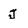
Character: j